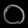
Digit: ၀